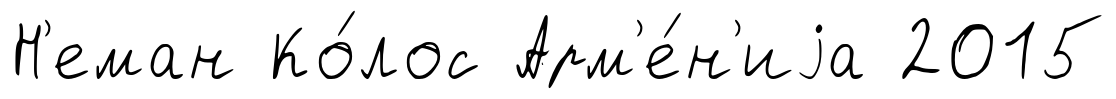
Н'еман Ко́лос Арм'е́н'иjа 2015